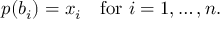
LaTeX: p ( b _ { i } ) = x _ { i } \quad { \mathrm { f o r ~ } } i = 1 , \ldots , n .